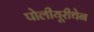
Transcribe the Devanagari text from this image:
पोलीयूरीथेन